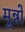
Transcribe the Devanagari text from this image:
मुन्नों